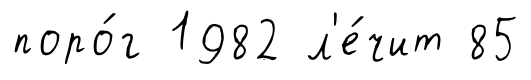
поро́г 1982 л'е́чит 85